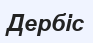
Дербіс